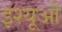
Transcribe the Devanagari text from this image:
इश्यूओं